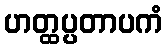
ဟတ္ထပ္ပတာပကံ